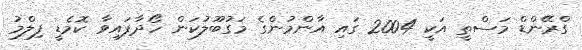
ގްރޭންޑް މަސްތީ އަކީ 2004 ގައި އާންމުންގެ މަގުބޫލުކަން ހޯދާފައިވާ ކޮމެޑީ ފިލްމު